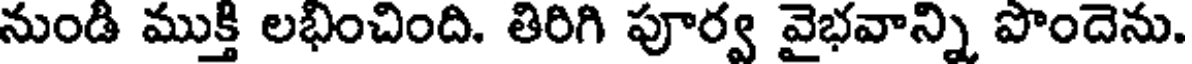
నుండి ముక్తి లభించింది. తిరిగి పూర్వ వైభవాన్ని పొందెను.